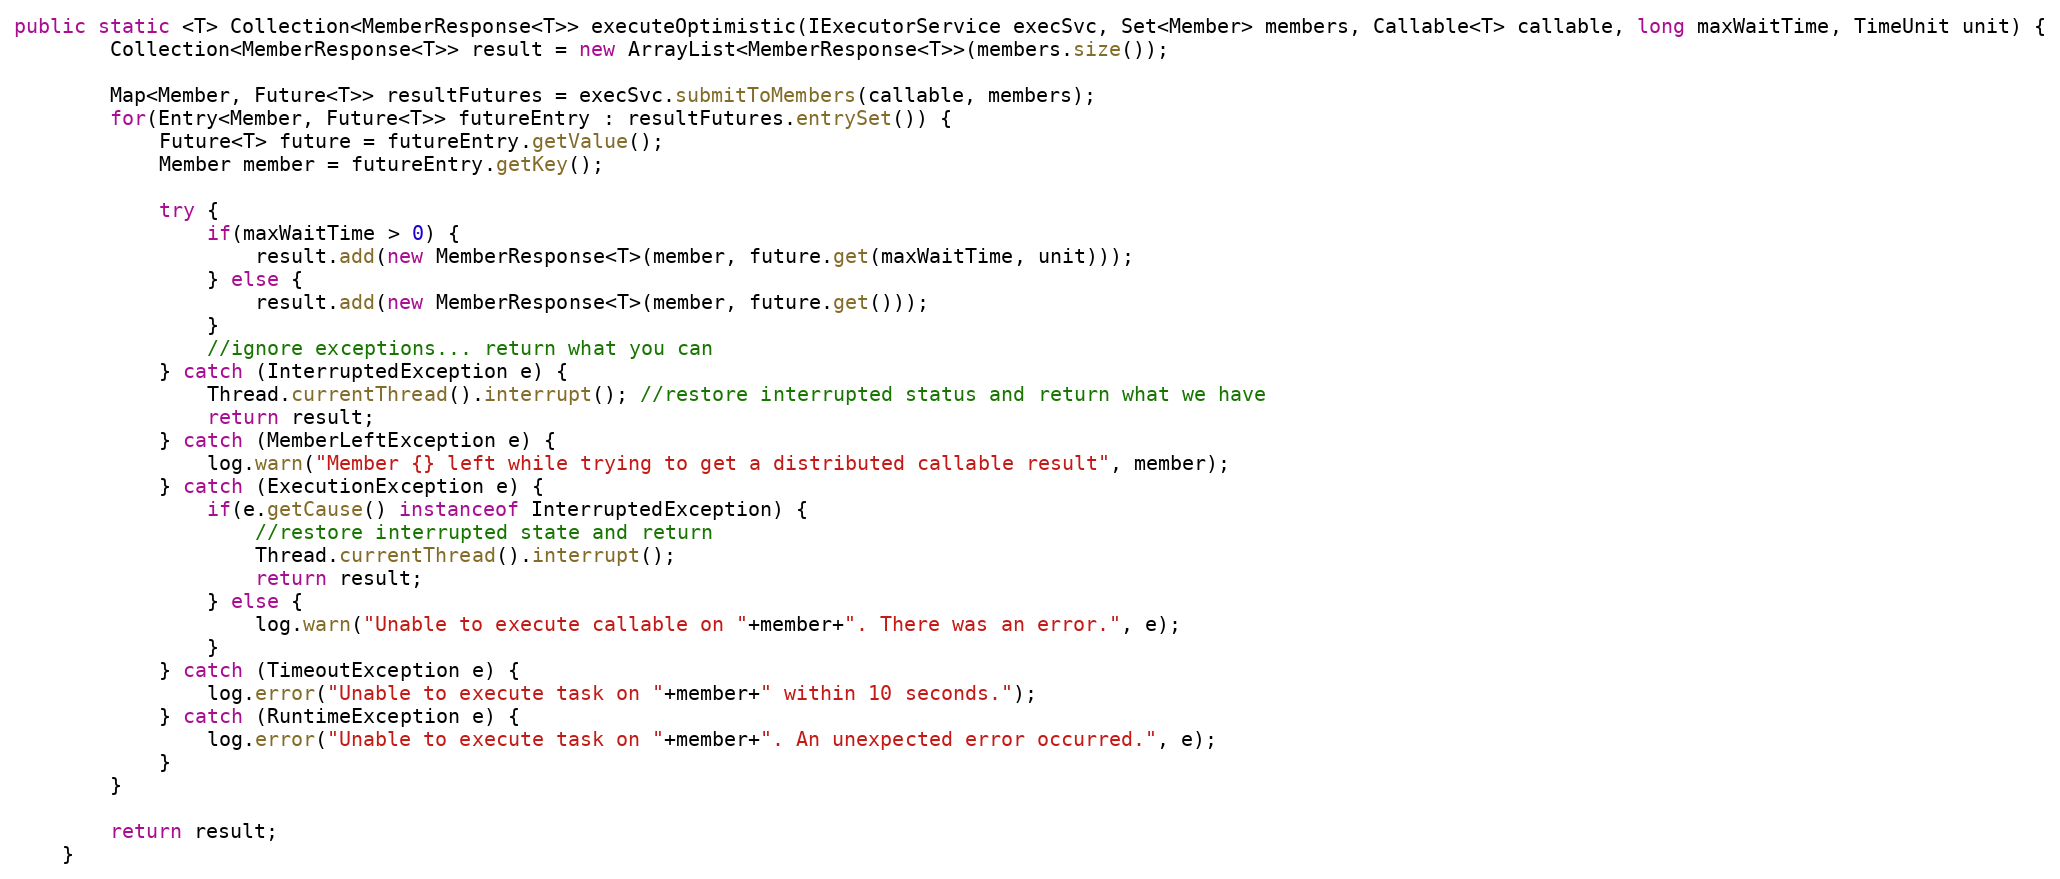
Language: Java
public static <T> Collection<MemberResponse<T>> executeOptimistic(IExecutorService execSvc, Set<Member> members, Callable<T> callable, long maxWaitTime, TimeUnit unit) {
    	Collection<MemberResponse<T>> result = new ArrayList<MemberResponse<T>>(members.size());

    	Map<Member, Future<T>> resultFutures = execSvc.submitToMembers(callable, members);
    	for(Entry<Member, Future<T>> futureEntry : resultFutures.entrySet()) {
    		Future<T> future = futureEntry.getValue();
    		Member member = futureEntry.getKey();

    		try {
                if(maxWaitTime > 0) {
                	result.add(new MemberResponse<T>(member, future.get(maxWaitTime, unit)));
                } else {
                	result.add(new MemberResponse<T>(member, future.get()));
                }
                //ignore exceptions... return what you can
            } catch (InterruptedException e) {
            	Thread.currentThread().interrupt(); //restore interrupted status and return what we have
            	return result;
            } catch (MemberLeftException e) {
            	log.warn("Member {} left while trying to get a distributed callable result", member);
            } catch (ExecutionException e) {
            	if(e.getCause() instanceof InterruptedException) {
            	    //restore interrupted state and return
            	    Thread.currentThread().interrupt();
            	    return result;
            	} else {
            	    log.warn("Unable to execute callable on "+member+". There was an error.", e);
            	}
            } catch (TimeoutException e) {
            	log.error("Unable to execute task on "+member+" within 10 seconds.");
            } catch (RuntimeException e) {
            	log.error("Unable to execute task on "+member+". An unexpected error occurred.", e);
            }
    	}

        return result;
    }